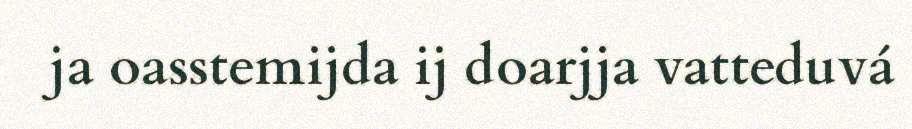
ja oasstemijda ij doarjja vatteduvá